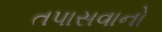
તપાસવાનો